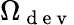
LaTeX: \Omega_{\mathrm{~d~e~v~}}